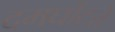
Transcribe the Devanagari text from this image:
दमघोंटते